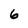
Character: 6